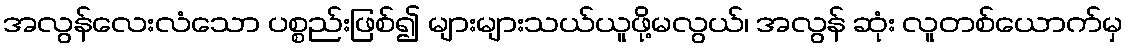
အလွန်လေးလံသော ပစ္စည်းဖြစ်၍ များများသယ်ယူဖို့မလွယ်၊ အလွန် ဆုံး လူတစ်ယောက်မှ